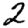
Digit: 2